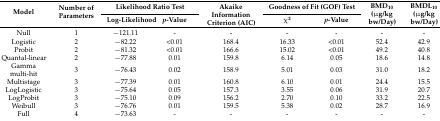
<table><thead><tr><td rowspan="2"><b>Model</b></td><td rowspan="2"><b>Number of Parameters</b></td><td colspan="2"><b>Likelihood Ratio Test</b></td><td rowspan="2"><b>Akaike Information Criterion (AIC)</b></td><td colspan="2"><b>Goodness of Fit (GOF) Test</b></td><td rowspan="2"><b>BMD<sub>10</sub> (μg/kg bw/Day)</b></td><td rowspan="2"><b>BMDL<sub>10</sub> (μg/kg bw/Day)</b></td></tr><tr><td><b>Log-Likelihood</b></td><td><b><i>p</i>-Value</b></td><td><b>χ<sup>2</sup></b></td><td><b><i>p</i>-Value</b></td></tr></thead><tbody><tr><td>Null</td><td>1</td><td>−121.11</td><td>-</td><td>-</td><td>-</td><td>-</td><td>-</td><td>-</td></tr><tr><td>Logistic</td><td>2</td><td>−82.22</td><td>&lt;0.01</td><td>168.4</td><td>16.33</td><td>&lt;0.01</td><td>52.4</td><td>42.9</td></tr><tr><td>Probit</td><td>2</td><td>−81.32</td><td>&lt;0.01</td><td>166.6</td><td>15.02</td><td>&lt;0.01</td><td>49.2</td><td>40.8</td></tr><tr><td>Quantal-linear</td><td>2</td><td>−77.88</td><td>0.01</td><td>159.8</td><td>6.14</td><td>0.05</td><td>18.6</td><td>14.8</td></tr><tr><td>Gamma multi-hit</td><td>3</td><td>−76.43</td><td>0.02</td><td>158.9</td><td>5.01</td><td>0.03</td><td>31.0</td><td>18.2</td></tr><tr><td>Multistage</td><td>3</td><td>−77.39</td><td>0.01</td><td>160.8</td><td>6.10</td><td>0.01</td><td>24.4</td><td>15.5</td></tr><tr><td>LogLogistic</td><td>3</td><td>−75.64</td><td>0.05</td><td>157.3</td><td>3.55</td><td>0.06</td><td>31.9</td><td>20.7</td></tr><tr><td>LogProbit</td><td>3</td><td>−75.10</td><td>0.09</td><td>156.2</td><td>2.70</td><td>0.10</td><td>33.2</td><td>22.5</td></tr><tr><td>Weibull</td><td>3</td><td>−76.76</td><td>0.01</td><td>159.5</td><td>5.38</td><td>0.02</td><td>28.7</td><td>16.9</td></tr><tr><td>Full</td><td>4</td><td>−73.63</td><td>-</td><td>-</td><td>-</td><td>-</td><td>-</td><td>-</td></tr></tbody></table>